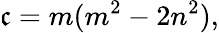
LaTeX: \mathfrak{c}=m(m^{2}-2n^{2}),